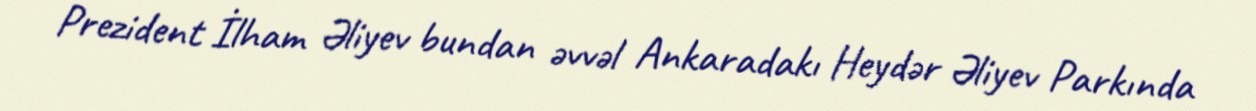
Prezident İlham Əliyev bundan əvvəl Ankaradakı Heydər Əliyev Parkında